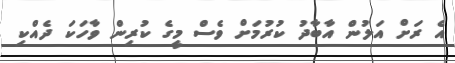
އެ ރަށް އަލުން އާބާދު ކުރުމަށް ވެސް މީގެ ކުރިން ވާހަކަ ދެއްކި